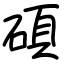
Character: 碩